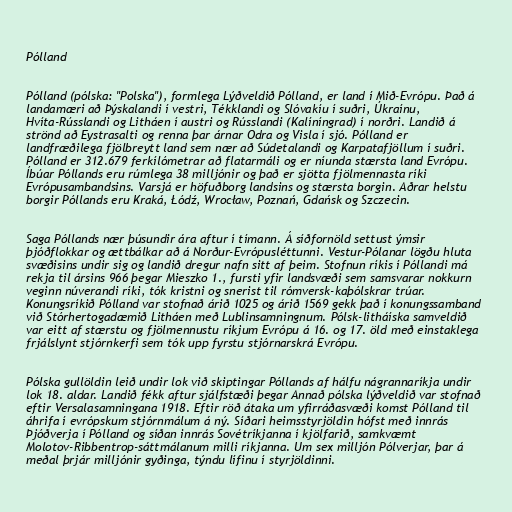
Pólland

Pólland (pólska: "Polska"), formlega Lýðveldið Pólland, er land í Mið-Evrópu. Það á
landamæri að Þýskalandi í vestri, Tékklandi og Slóvakíu í suðri, Úkraínu,
Hvíta-Rússlandi og Litháen í austri og Rússlandi (Kalíníngrad) í norðri. Landið á
strönd að Eystrasalti og renna þar árnar Odra og Visla í sjó. Pólland er
landfræðilega fjölbreytt land sem nær að Súdetalandi og Karpatafjöllum í suðri.
Pólland er 312.679 ferkílómetrar að flatarmáli og er níunda stærsta land Evrópu.
Íbúar Póllands eru rúmlega 38 milljónir og það er sjötta fjölmennasta ríki
Evrópusambandsins. Varsjá er höfuðborg landsins og stærsta borgin. Aðrar helstu
borgir Póllands eru Kraká, Łódź, Wrocław, Poznań, Gdańsk og Szczecin.

Saga Póllands nær þúsundir ára aftur í tímann. Á síðfornöld settust ýmsir
þjóðflokkar og ættbálkar að á Norður-Evrópusléttunni. Vestur-Pólanar lögðu hluta
svæðisins undir sig og landið dregur nafn sitt af þeim. Stofnun ríkis í Póllandi má
rekja til ársins 966 þegar Mieszko 1., fursti yfir landsvæði sem samsvarar nokkurn
veginn núverandi ríki, tók kristni og snerist til rómversk-kaþólskrar trúar.
Konungsríkið Pólland var stofnað árið 1025 og árið 1569 gekk það í konungssamband
við Stórhertogadæmið Litháen með Lublinsamningnum. Pólsk-litháíska samveldið
var eitt af stærstu og fjölmennustu ríkjum Evrópu á 16. og 17. öld með einstaklega
frjálslynt stjórnkerfi sem tók upp fyrstu stjórnarskrá Evrópu.

Pólska gullöldin leið undir lok við skiptingar Póllands af hálfu nágrannaríkja undir
lok 18. aldar. Landið fékk aftur sjálfstæði þegar Annað pólska lýðveldið var stofnað
eftir Versalasamningana 1918. Eftir röð átaka um yfirráðasvæði komst Pólland til
áhrifa í evrópskum stjórnmálum á ný. Síðari heimsstyrjöldin hófst með innrás
Þjóðverja í Pólland og síðan innrás Sovétríkjanna í kjölfarið, samkvæmt
Molotov-Ribbentrop-sáttmálanum milli ríkjanna. Um sex milljón Pólverjar, þar á
meðal þrjár milljónir gyðinga, týndu lífinu í styrjöldinni.